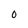
Character: O